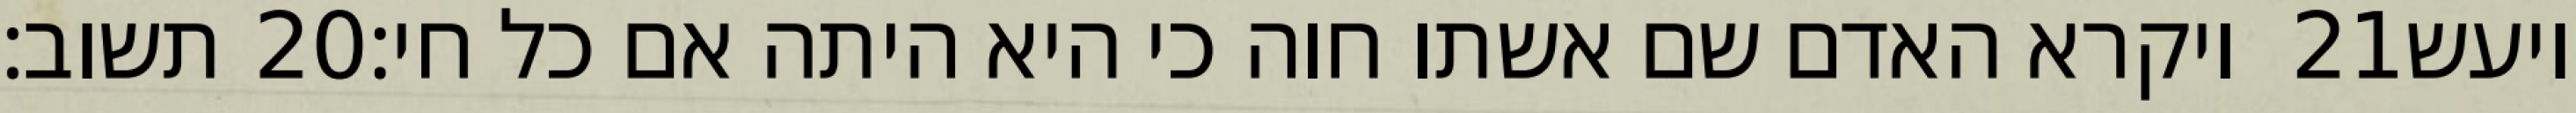
תשוב׃ ‎20‏ ויקרא האדם שם אשתו חוה כי היא היתה אם כל חי׃ ‎21‏ ויעש